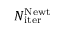
N _ { \mathrm { i t e r } } ^ { \mathrm { N e w t } }